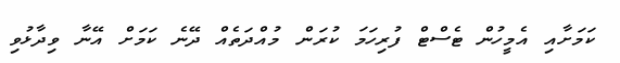
ކަމަށާއި އެމީހުން ޓެސްޓް ފުރިހަމަ ކުރަން މުއްދަތެއް ދޭނެ ކަމަށް އޭނާ ވިދާޅުވި